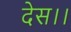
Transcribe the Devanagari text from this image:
देस।।